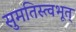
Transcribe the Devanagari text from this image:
सुमतिस्त्वभूत्